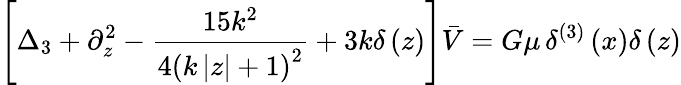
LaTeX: \left[\Delta_{3}+\partial_{z}^{2}-\frac{15k^{2}}{4\left(k\left|z\right|+1\right)^{2}}+3k\delta\left(z\right)\right]\bar{V}=G\mu\, \delta^{(3)}\left(x\right)\delta\left(z\right)